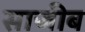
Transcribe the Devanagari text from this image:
साजीब